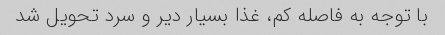
با توجه به فاصله کم، غذا بسیار دیر و سرد تحویل شد